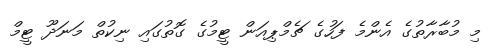
މި މުބާރާތުގެ އެންމެ ފަހުގެ ޗެމްޕިއަން ޓީމުގެ ގޮތުގައި ނިކުތް މަނަދޫ ޓީމް